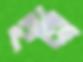
ইন